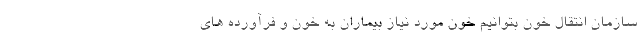
سازمان انتقال خون بتوانیم خون مورد نیاز بیماران به خون و فرآورده های